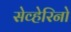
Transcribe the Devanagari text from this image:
सेव्हेरिनो